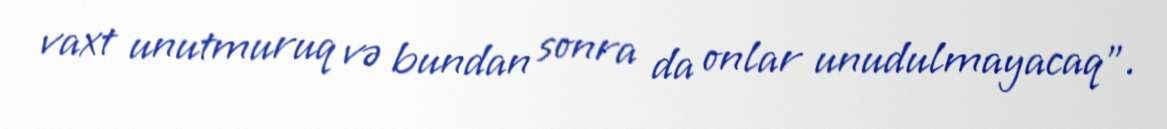
vaxt unutmuruq və bundan sonra da onlar unudulmayacaq”.